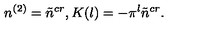
n ^ { ( 2 ) } = \tilde { n } ^ { c r } , K ( l ) = - \pi ^ { l } \tilde { n } ^ { c r } .